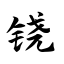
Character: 铙